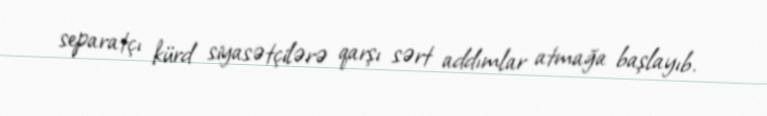
separatçı kürd siyasətçilərə qarşı sərt addımlar atmağa başlayıb.